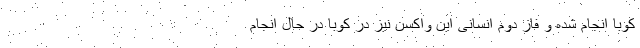
کوبا انجام شده و فاز دوم انسانی این واکسن نیز در کوبا در حال انجام